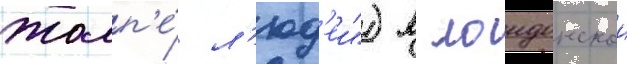
толп'е́ л'юд'еи") в лондонскои